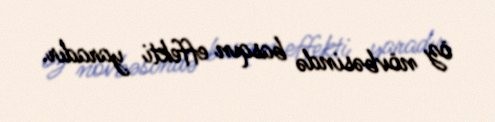
öz növbəsində basqın effekti yaradır.